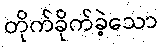
တိုက်ခိုက်ခဲ့သော